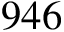
9 4 6